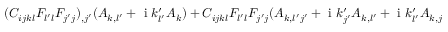
\begin{array} { r l } { ( C _ { i j k l } F _ { l ^ { \prime } l } F _ { j ^ { \prime } j } ) _ { , j ^ { \prime } } ( A _ { k , l ^ { \prime } } + \mathrm { ~ i ~ } k _ { l ^ { \prime } } ^ { \prime } A _ { k } ) + C _ { i j k l } F _ { l ^ { \prime } l } F _ { j ^ { \prime } j } ( A _ { k , l ^ { \prime } j ^ { \prime } } + \mathrm { ~ i ~ } k _ { j ^ { \prime } } ^ { \prime } A _ { k , l ^ { \prime } } + \mathrm { ~ i ~ } k _ { l ^ { \prime } } ^ { \prime } A _ { k , j ^ { \prime } } } & { { } - A _ { k } k _ { j ^ { \prime } } ^ { \prime } k _ { l ^ { \prime } } ^ { \prime } ) } \end{array}